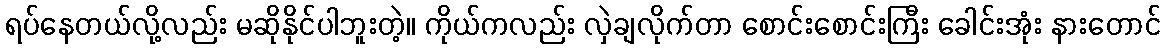
ရပ်နေတယ်လို့လည်း မဆိုနိုင်ပါဘူးတဲ့။ ကိုယ်ကလည်း လှဲချလိုက်တာ စောင်းစောင်းကြီး ခေါင်းအုံး နားတောင်